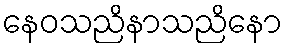
နေဝသညိနာသညိနော